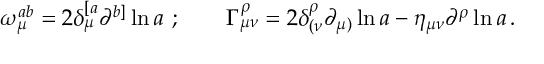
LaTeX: \omega _ { \mu } ^ { a b } = 2 \delta _ { \mu } ^ { [ a } \partial ^ { b ] } \ln a \ ; \qquad \Gamma _ { \mu \nu } ^ { \rho } = 2 \delta _ { ( \nu } ^ { \rho } \partial _ { \mu ) } \ln a - \eta _ { \mu \nu } \partial ^ { \rho } \ln a \, .